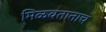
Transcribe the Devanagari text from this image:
मिळवतानाच